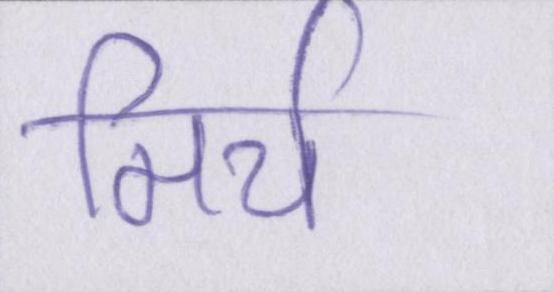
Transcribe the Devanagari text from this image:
मिर्च